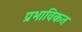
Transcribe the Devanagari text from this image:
प्रभाविकत